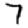
Digit: 7